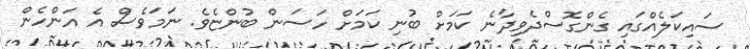
ސައިކަލެއްގައި ގެންގޮސްދެވިދާނެ ކަމަށް ބުނި ކަމަށް ހަސަން ބުންޏެވެ. ނަމަވެސް އެ އަންހެން